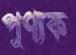
পুণ্যক